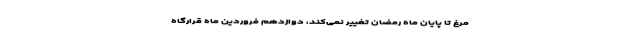
مرغ تا پایان ماه رمضان تغییر نمی‌کند، دوازدهم فروردین ماه قرارگاه